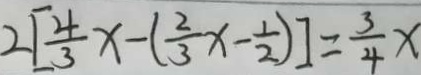
2 [ \frac { 4 } { 3 } x - ( \frac { 2 } { 3 } x - \frac { 1 } { 2 } ) ] = \frac { 3 } { 4 } x